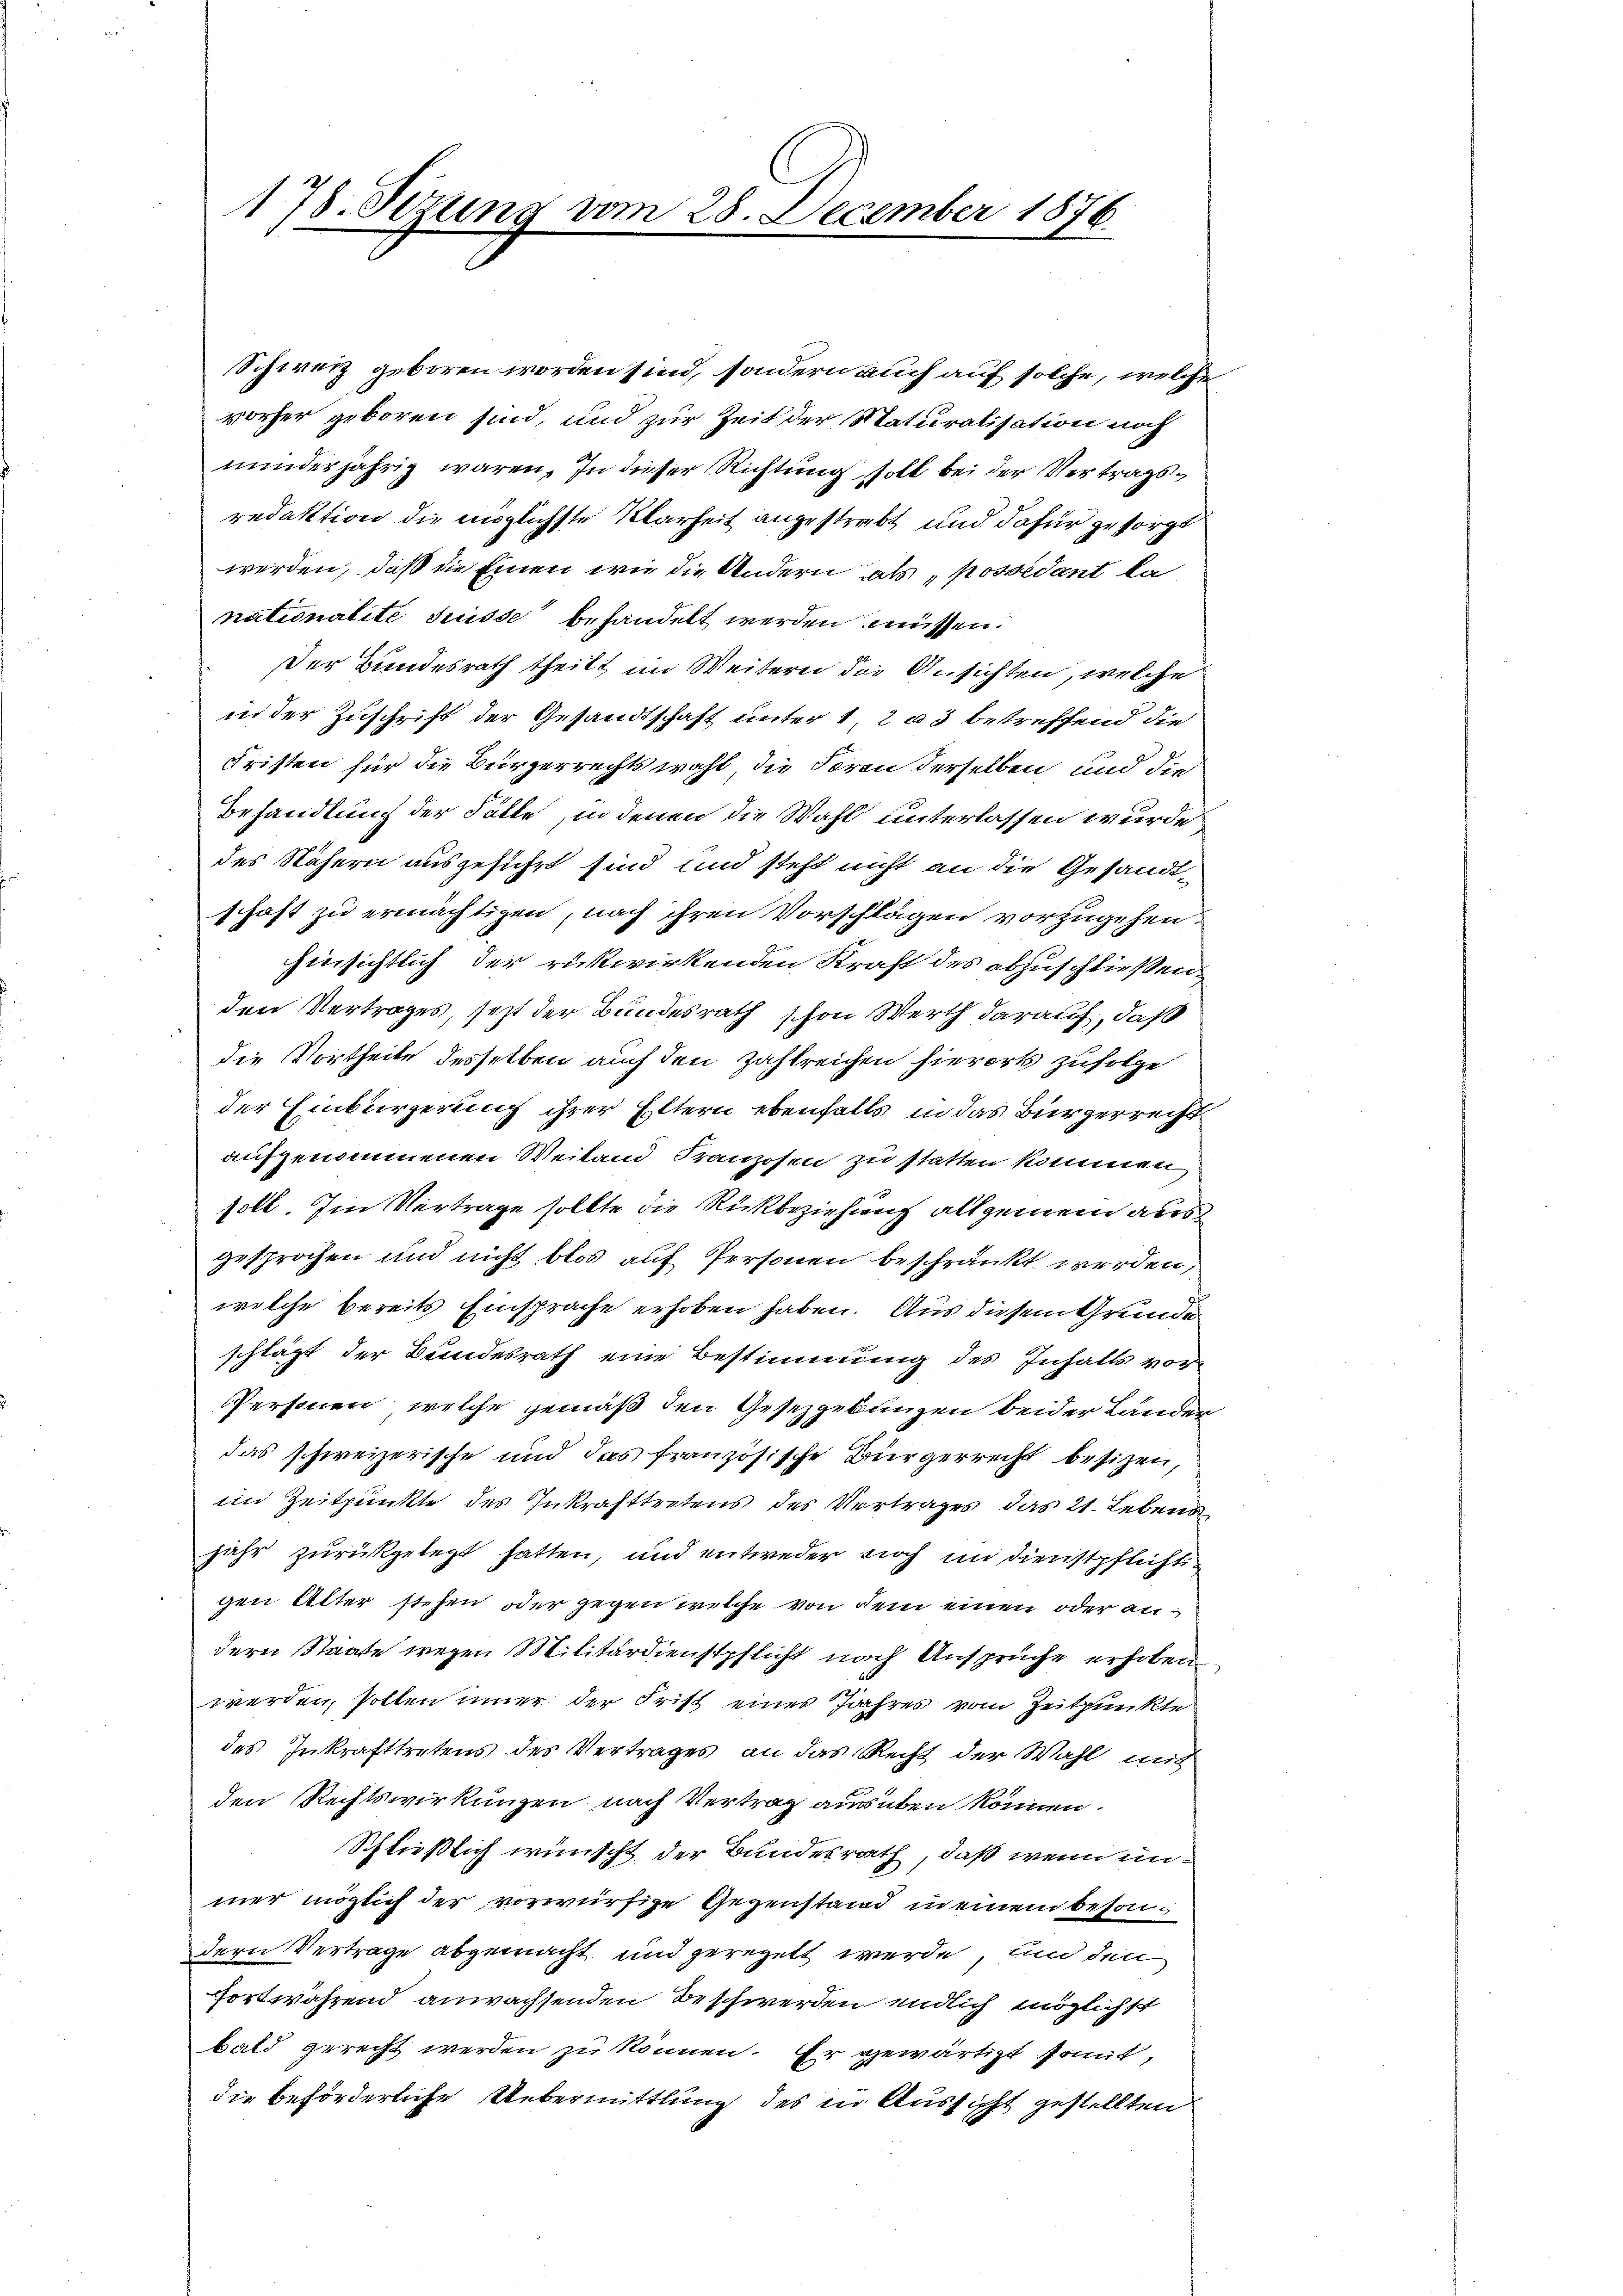
178. Sizung vom 28. December 1876.

Schweiz geboren worden sind, sondern auch auf solche, welche
vorher geboren sind, und zur Zeit der Naturalisation noch
minderjährig waren. In dieser Richtung soll bei der Vertragsredaktion die möglichste Klarheit angestrebt und dafür gesorgt
werden, daß die Einen wie die Andern als „possédant la
nationalité Suisse behandelt werden müssen.
Der Bundesrath theilt im Weitern die Ansichten, welche
inn der Zuschrift der Gesandtschaft unter 1, 2 u 3 betreffend die
Fristen für die Bürgerrechts wohl die Foron derselben und die
Behandlung der Fälle, in denen die Wahl unterlassen wurde
des Nähern ausgeführt sind und steht nicht an die Gesandtschaft zu ermächtigen, nach ihren Vorschlägen vorzugehen.
hinsichtlich der rükwirkenden Kraft des abzuschließen,
den Vertrages, seit der Bundesrath schon Werth darauf, daß
die Vortheile desselben auch den Zahlreichen hierorts zufolge
der Einbürgerung ihrer Eltern ebenfalls in das Bürgerrecht
aufgenommenen Weitand Franzosen zu statten kommen,
soll. Im Vertrage sollte die Rückbeziehung allgemein aus
gesprochen und nicht blos auf Personen beschränkt werden,
welche bereits Einsprache erhoben haben. Aus diesem Grunde
schlägt der Bundesrath eine Bestimmung des Inhalts vor¬
Personen, welche gemäß den Gesetzgebungen beider Länder
das schweizerische und das französische Bürgerrecht besitzen,
im Zeitpunkte des Inkrafttretens des Vertrages das 21. Lebend
jahr zurückgelegt hatten, und entweder noch im Dienstpflichtigen Alter stehen, oder gegen welche von dem einen oder andern Staate wegen Militärdienstpflicht nach Ansprüche erhoben
werden, sollen inner der Frist eines Jahres vom Zeitpunkte
des Inkrafttretens des Vertrages an das Recht der Wahl mit
den Rechtswirkungen nach Vertrag ausüben können.
Schließlich wünscht der Bundesrath, daß wenn unmer möglich der vorwürfige Gegenstand in einem besondern Vertrage abgemacht und geregelt werde, und den
fortwährend anwachsenden Beschwerden endlich möglichst
bald gerecht werden zu können. Er gewärtigt sont,
die beförderliche Uebermittlung des in Aussicht gestellten